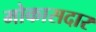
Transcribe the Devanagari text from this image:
मोकासदार